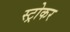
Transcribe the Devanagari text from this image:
स्ट्रोकर